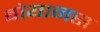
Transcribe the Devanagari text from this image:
बोयानस